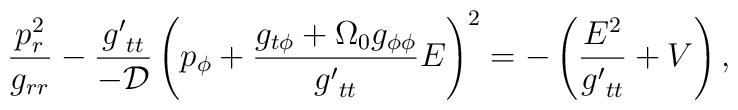
\frac{p_r^2}{g_{rr}} -         \frac{ {g'}_{tt}}{- \cal D} \left(          p_\phi + \frac{g_{t \phi }  +          \Omega_0 g_{\phi \phi}}{{g'}_{tt}} 	 E     \right)^2    =  - \left(              \frac{ E^2  }{  {g'}_{tt}}              + V \right),